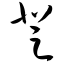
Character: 登